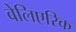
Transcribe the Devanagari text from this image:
बेलिएरिक